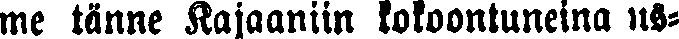
me tänne Kajaaniin kokoontuneina us-